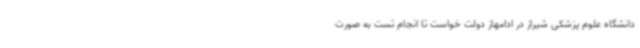
دانشگاه علوم پزشکی شیراز در ادامهاز دولت خواست تا انجام تست به صورت